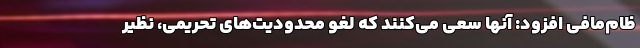
ظام‌مافی افزود: آنها سعی می‌کنند که لغو محدودیت‌های تحریمی، نظیر